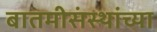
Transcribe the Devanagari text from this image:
बातमीसंस्थांच्या